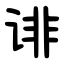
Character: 诽